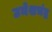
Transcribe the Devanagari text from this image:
उमेशचंद्र